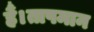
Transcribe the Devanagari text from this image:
हैं।तापमान